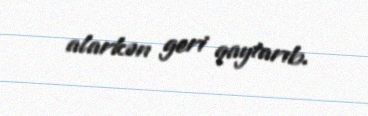
alarkən geri qaytarıb.